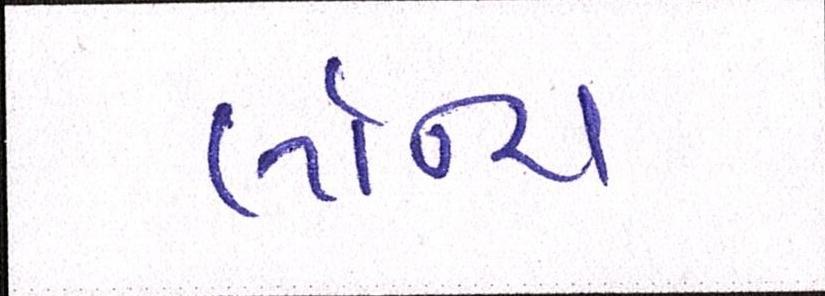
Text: લૉન્ચ